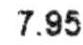
7.95